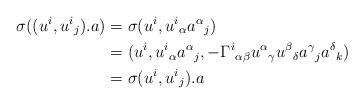
LaTeX: \begin{align*}\sigma((u^i,u^i{}_j).a)&=\sigma(u^i,u^i{}_\alpha a^\alpha{}_j)\\*&=(u^i,u^i{}_\alpha a^\alpha{}_j,-\Gamma^i{}_{\alpha\beta}u^\alpha{}_\gamma u^\beta{}_\delta a^\gamma{}_ja^\delta{}_k)\\*&=\sigma(u^i,u^i{}_j).a\end{align*}